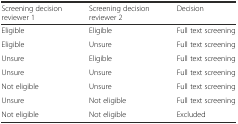
| Screening decision reviewer 1 | Screening decision reviewer 2 | Decision |
 | --- | --- | --- |
 | Eligible | Eligible | Full text screening |
 | Eligible | Unsure | Full text screening |
 | Unsure | Eligible | Full text screening |
 | Unsure | Unsure | Full text screening |
 | Not eligible | Unsure | Full text screening |
 | Unsure | Not eligible | Full text screening |
 | Not eligible | Not eligible | Excluded |